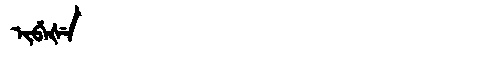
Manchu: ᡳᠪᡝᡧᡝ
Romanization: IBEŠE